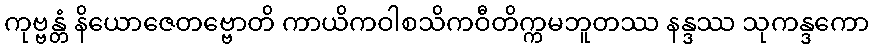
ကုဗ္ဗန္တံ နိယောဇေတဗ္ဗောတိ ကာယိကဝါစသိကဝီတိက္ကမဘူတဿ နန္ဒဿ သုကန္ဒကော